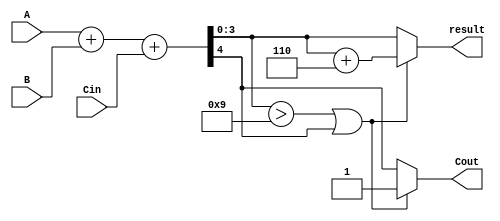
module BCD_Hybrid_Adder (
    input [3:0] A,      // First BCD digit
    input [3:0] B,      // Second BCD digit
    input Cin,          // Carry-in
    output [3:0] result, // BCD result
    output Cout         // Carry-out
);

    wire [4:0] sum;     // 5-bit sum to accommodate carry
    wire correction;     // Correction needed flag

    // Step 1: Binary addition
    assign sum = A + B + Cin; // 4-bit A + 4-bit B + 1-bit Cin

    // Step 2: Determine if correction is needed
    assign correction = (sum[3:0] > 4'b1001) || sum[4]; // Check if sum > 9 or carry-out

    // Step 3: BCD correction
    assign result = correction ? (sum[3:0] + 4'b0110) : sum[3:0]; // Add 6 if correction needed
    assign Cout = correction ? 1'b1 : sum[4]; // Carry-out is set if correction is needed or if there was an overflow

endmodule